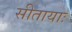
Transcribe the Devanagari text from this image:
सीतायाः